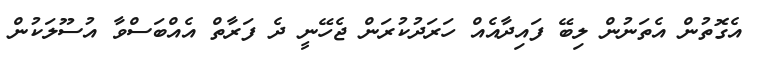
އެގޮތުން އެތަނުން ލިބޭ ފައިދާއެއް ހަރަދުކުރަން ޖެހޭނީ ދެ ފަރާތް އެއްބަސްވާ އުސޫލަކުން